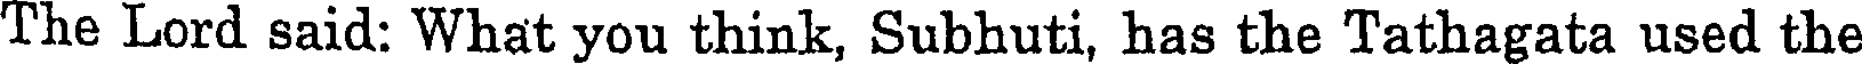
The Lord said: What you think, Subhuti, has the Tathagata used the